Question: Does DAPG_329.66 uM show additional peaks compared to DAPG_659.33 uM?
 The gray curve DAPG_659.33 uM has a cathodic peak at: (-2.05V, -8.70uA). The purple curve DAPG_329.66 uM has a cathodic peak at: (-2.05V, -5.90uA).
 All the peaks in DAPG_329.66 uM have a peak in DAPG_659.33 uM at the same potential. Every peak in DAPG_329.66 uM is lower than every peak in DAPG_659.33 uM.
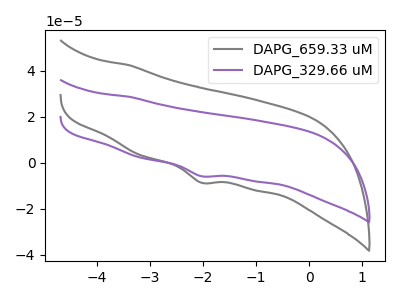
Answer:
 <answer>No, "DAPG_329.66 uM" and "DAPG_659.33 uM" don't appear to be significantly different in shape</answer>
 <eval>no_change</eval>